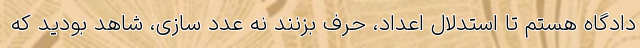
دادگاه هستم تا استدلال اعداد، حرف بزنند نه عدد سازی، شاهد بودید که